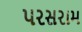
પરસરામ